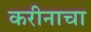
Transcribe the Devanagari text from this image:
करीनाचा